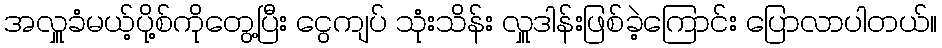
အလှူခံမယ့်ပို့စ်ကိုတွေ့ပြီး ငွေကျပ် သုံးသိန်း လှူဒါန်းဖြစ်ခဲ့ကြောင်း ပြောလာပါတယ်။